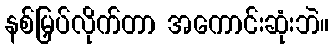
နစ်မြှပ်လိုက်တာ အကောင်းဆုံးဘဲ။